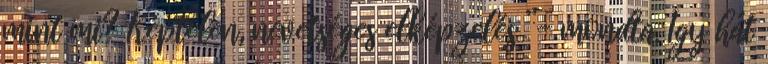
mint mi? Képtelen, nevetséges elképzelés ”- mondta. Így hát